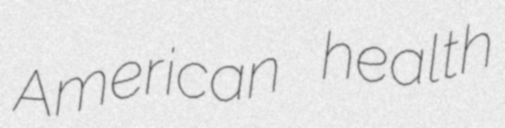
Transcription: American health